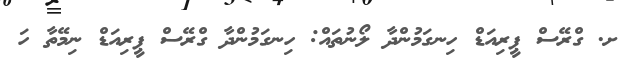
ށ. ގްރޭސް ޕީރިއަޑް ހިނގަމުންދާ ލޯނުތައް: ހިނގަމުންދާ ގްރޭސް ޕީރިއަޑް ނިމޭތާ ހަ